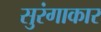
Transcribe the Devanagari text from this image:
सुरंगाकार